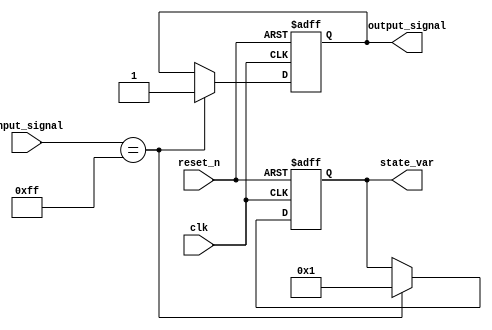
module reset_condition_block (
    input wire clk,               // Clock signal
    input wire reset_n,           // Active low reset signal (active when low)
    input wire [7:0] input_signal, // Example input signal for state transition
    output reg [7:0] state_var,   // State variable
    output reg output_signal       // Output signal dependent on state
);

// State variable initial values
localparam INITIAL_STATE = 8'd0;
localparam OTHER_STATE = 8'd1; // Example for another state

// Always block for synchronous reset
always @(posedge clk or negedge reset_n) begin
    if (!reset_n) begin
        // Reset condition: initialize the state variable and output
        state_var <= INITIAL_STATE; // Set to predefined initial state
        output_signal <= 1'b0;       // Output is also reset to a known state
    end else begin
        // Normal operation: state transition based on input signal
        if (input_signal == 8'd255) begin  // Example condition for state transition
            state_var <= OTHER_STATE;      // Transition to another state
            output_signal <= 1'b1;          // Set output signal based on state
        end else begin
            state_var <= state_var;         // Maintain current state
            output_signal <= output_signal; // Maintain output
        end
    end
end

endmodule